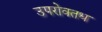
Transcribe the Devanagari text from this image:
उपरोक्तध